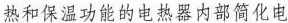
热和保温功能的电热器内部简化电